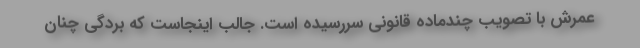
عمرش با تصویب چندماده قانونی سررسیده است. جالب اینجاست که بردگی چنان